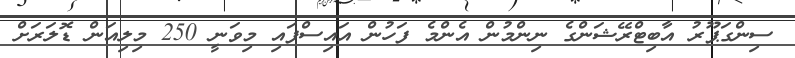
ސިންގަޕޫރު އާބިޓްރޭޝަންގެ ނިންމުން އެންމެ ފަހުން އައިސްފައި މިވަނީ 250 މިލިއަން ޑޮލަރަށް